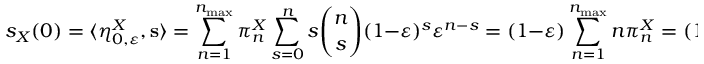
s _ { X } ( 0 ) = \langle \eta _ { 0 , \varepsilon } ^ { X } , \mathbf { s } \rangle = \sum _ { n = 1 } ^ { n _ { \operatorname* { m a x } } } \pi _ { n } ^ { X } \sum _ { s = 0 } ^ { n } s \binom { n } { s } ( 1 - \varepsilon ) ^ { s } \varepsilon ^ { n - s } = ( 1 - \varepsilon ) \sum _ { n = 1 } ^ { n _ { \operatorname* { m a x } } } n \pi _ { n } ^ { X } = ( 1 - \varepsilon ) n ^ { X } .